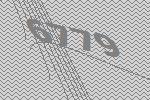
6779